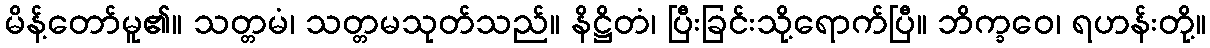
မိန့်တော်မူ၏။ သတ္တမံ၊ သတ္တမသုတ်သည်။ နိဋ္ဌိတံ၊ ပြီးခြင်းသို့ရောက်ပြီ။ ဘိက္ခဝေ၊ ရဟန်းတို့။